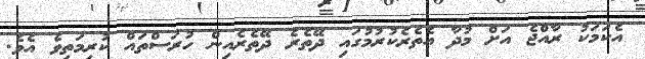
އެކަމަކު ރާއްޖެ އަށް މުދާ އެތެރެކުރުމުގައި ދޭތެރެ ދޭތެރެއިން ހުރަސްތައް ކުރިމަތިވެ އެވެ.